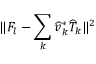
\| F _ { l } - \sum _ { k } \widehat { v } _ { k } ^ { * } \widehat { T } _ { k } \| ^ { 2 }